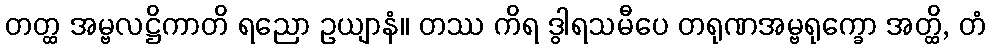
တတ္ထ အမ္ဗလဋ္ဌိကာတိ ရညော ဥယျာနံ။ တဿ ကိရ ဒွါရသမီပေ တရုဏအမ္ဗရုက္ခော အတ္ထိ, တံ